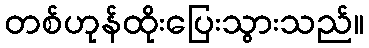
တစ်ဟုန်ထိုးပြေးသွားသည်။